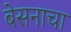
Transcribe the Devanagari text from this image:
बेसनाचा